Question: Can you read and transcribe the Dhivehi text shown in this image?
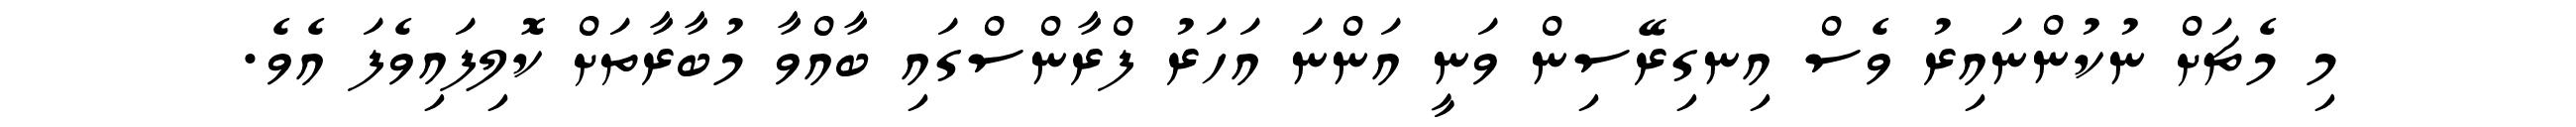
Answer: މި މެޗަށް ނުކުންނައިރު ވެސް އިނގިރޭސިން ވަނީ އަންނަ އަހަރު ފްރާންސްގައި ބާއްވާ މުބާރާތަށް ކޮލިފައިވެފަ އެވެ.